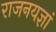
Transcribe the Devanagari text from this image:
राजनयज्ञां